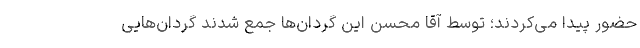
حضور پیدا می‌کردند؛ توسط آقا محسن این گردان‌ها جمع شدند گردان‌هایی